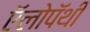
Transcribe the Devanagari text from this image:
ऍलोपॅथी